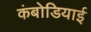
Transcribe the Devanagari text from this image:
कंबोडियाई